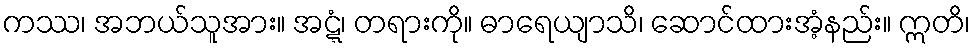
ကဿ၊ အဘယ်သူအား။ အဋ္ဋံ၊ တရားကို။ ဓာရေယျာသိ၊ ဆောင်ထားအံ့နည်း။ ဣတိ၊